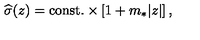
{ \widehat \sigma } ( z ) = \mathrm { c o n s t . } \times \left[ 1 + m _ { * } | z | \right] ,